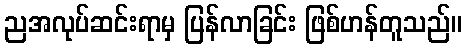
ညအလုပ်ဆင်းရာမှ ပြန်လာခြင်း ဖြစ်ဟန်တူသည်။